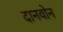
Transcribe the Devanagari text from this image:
दानवोन